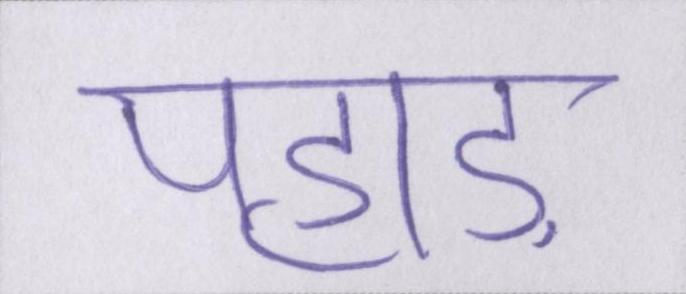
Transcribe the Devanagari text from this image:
पहाड़